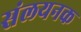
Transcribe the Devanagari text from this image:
संलयनक